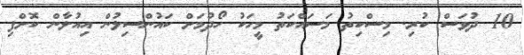
10 ދުވަސް ކުރި. މިސްކިތު މަސައްކަތު މީހަކު ހޯދުމަށް ކައުންސިލުން އިއުލާން ކޮށްފި